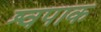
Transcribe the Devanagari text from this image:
श्वपाक